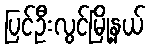
ပြင်ဦးလွင်မြို့နယ်